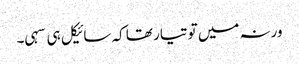
ورنہ میں تو تیار تھا کہ سائیکل ہی سہی۔